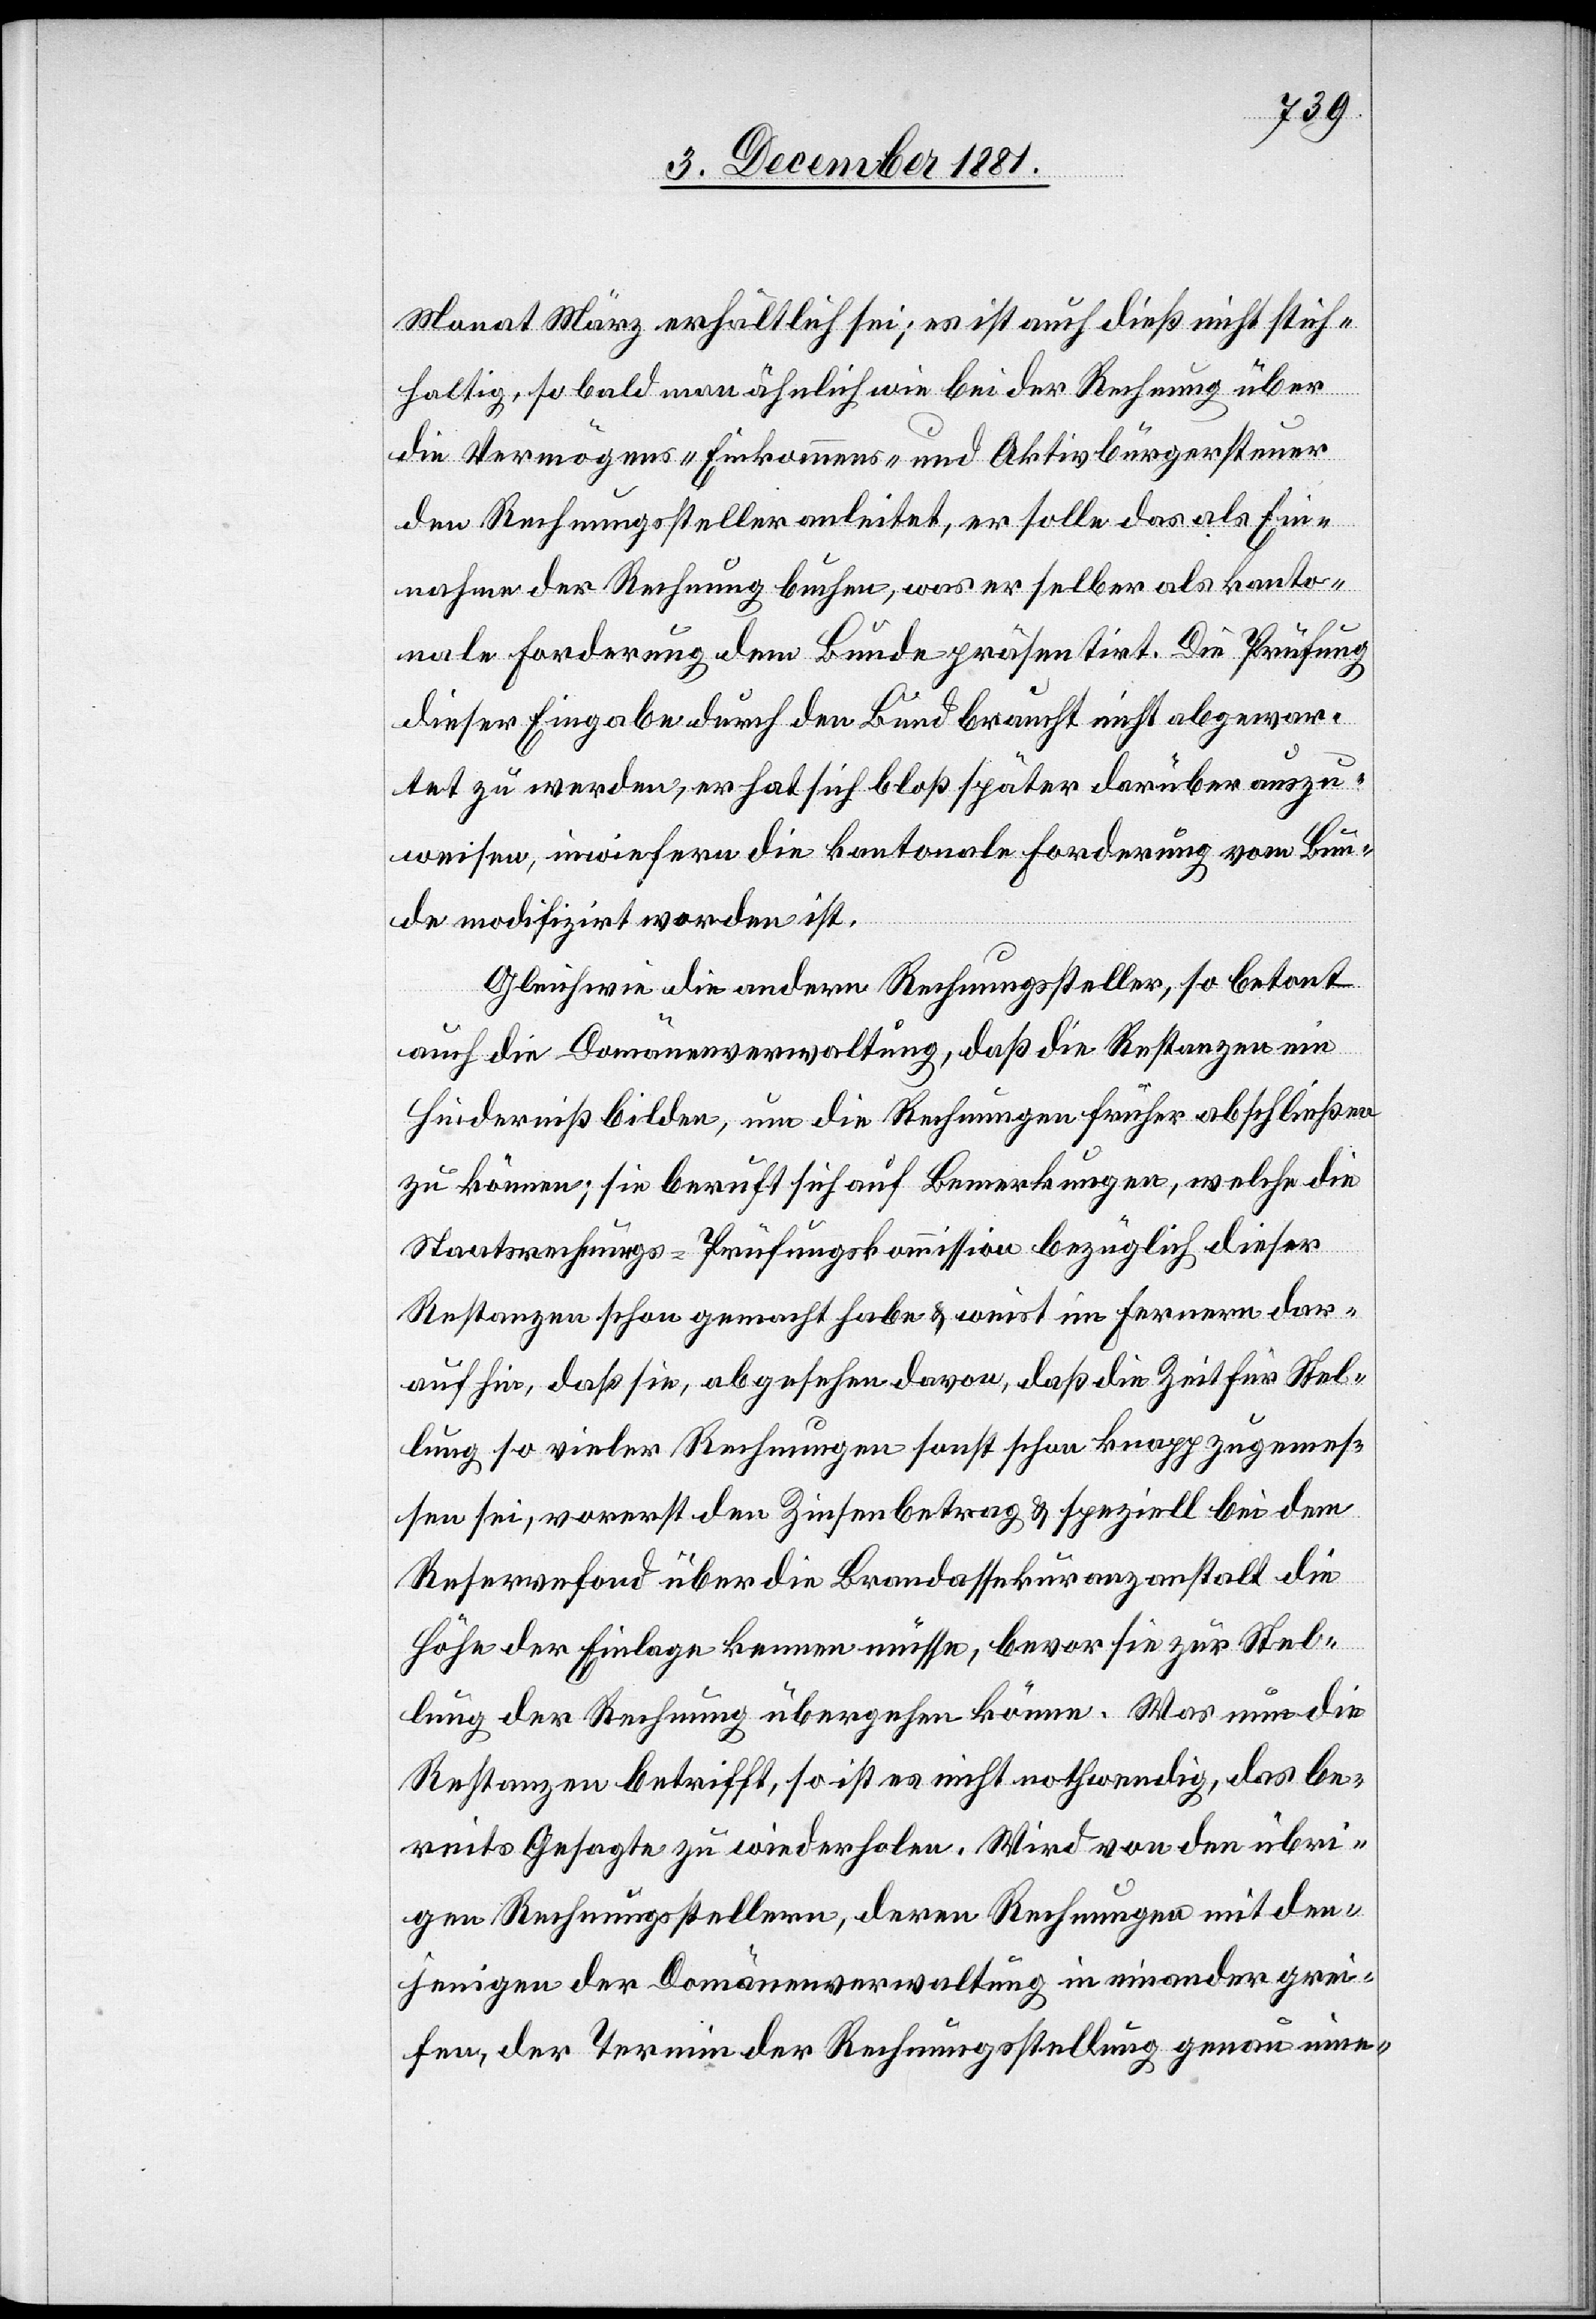
Monat März erhältlich sei; es ist auch dieß nicht stich¬
haltig, so bald man ähnlich wie bei der Rechnung über
die Vermögens-[,] Einkommens- und Aktivbürgersteuer
den Rechnungssteller anleitet, er solle das als Ein¬
nahme der Rechnung buchen, was er selber als kanto¬
nale Forderung dem Bunde präsentirt. Die Prüfung
dieser Eingabe durch den Bund braucht nicht abgewar¬
tet zu werden, er hat sich bloß später darüber auszu¬
weisen, inwiefern die kantonale Forderung vom Bun¬
de modifizirt worden ist.
Gleich wie die andern Rechnungssteller, so betont
auch die Domänenverwaltung, daß die Restanzen ein
Hinderniß bilden, um die Rechnungen früher abschließen
zu können; sie beruft sich auf Bemerkungen, welche die
Staatsrechnungs-Prüfungskommission bezüglich dieser
Restanzen schon gemacht habe & weist im Fernern dar¬
auf hin, daß sie, abgesehen davon, daß die Zeit für Stel¬
lung so vieler Rechnungen sonst schon knapp zugemes¬
sen sei, vorerst den Zinsenbetrag & speziell bei dem
Reservefond über die Brandassekuranzanstalt die
Höhe der Einlage kennen müsse, bevor sie zur Stel¬
lung der Rechnung übergehen könne. Was nun die
Restanzen betrifft, so ist es nicht nothwendig, das be¬
reits Gesagte zu wiederholen. Wird von den übri¬
gen Rechnungsstellern, deren Rechnungen mit den¬
jenigen der Domänenverwaltung in einander grei¬
fen, der Termin der Rechnungsstellung genau inne-